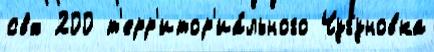
свх 200 т'ерр'итор'иа́льного Чугуновка